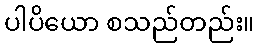
ပါပိယော စသည်တည်း။